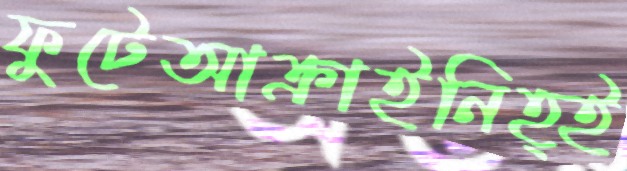
ফুটেআক্রাইনিহ্ই